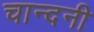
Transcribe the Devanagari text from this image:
चान्दनी